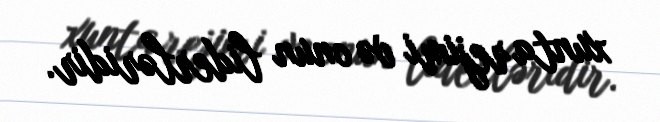
xunta rejimi və onun liderləridir.